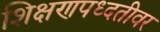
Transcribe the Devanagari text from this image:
शिक्षणपध्दतीवर